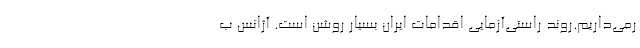
رمی‌داریم.روند راستی‌آزمایی اقدامات ایران بسیار روشن است. آژانس ب